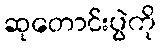
ဆုတောင်းပွဲကို